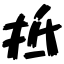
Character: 抵